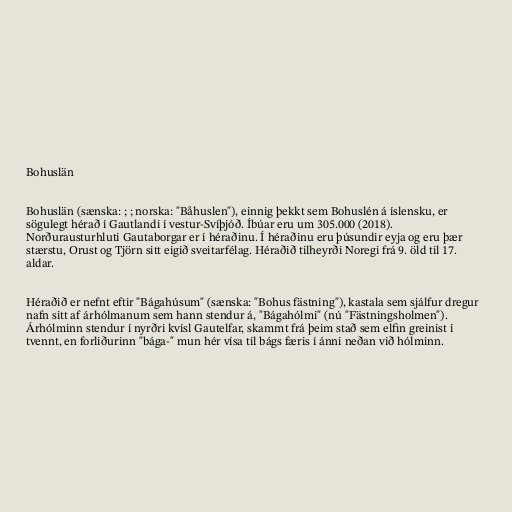
Bohuslän

Bohuslän (sænska: ; ; norska: "Båhuslen"), einnig þekkt sem Bohuslén á íslensku, er
sögulegt hérað í Gautlandi í vestur-Svíþjóð. Íbúar eru um 305.000 (2018).
Norðurausturhluti Gautaborgar er í héraðinu. Í héraðinu eru þúsundir eyja og eru þær
stærstu, Orust og Tjörn sitt eigið sveitarfélag. Héraðið tilheyrði Noregi frá 9. öld til 17.
aldar.

Héraðið er nefnt eftir "Bágahúsum" (sænska: "Bohus fästning"), kastala sem sjálfur dregur
nafn sitt af árhólmanum sem hann stendur á, "Bágahólmi" (nú "Fästningsholmen").
Árhólminn stendur í nyrðri kvísl Gautelfar, skammt frá þeim stað sem elfin greinist í
tvennt, en forliðurinn "bága-" mun hér vísa til bágs færis í ánni neðan við hólminn.